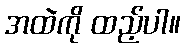
အထဲကို ထည့်ပါ။